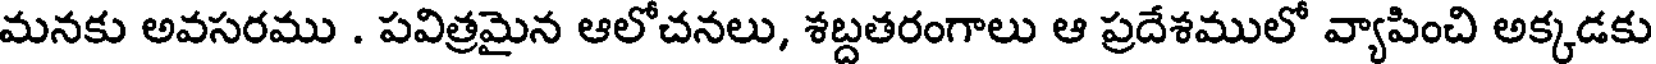
మనకు అవసరము . పవిత్రమైన ఆలోచనలు, శబ్దతరంగాలు ఆ ప్రదేశములో వ్యాపించి అక్కడకు